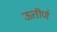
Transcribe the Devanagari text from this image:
ऊत्तीर्ण